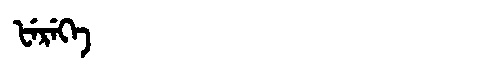
Manchu: ᡶᡝᡵᡝᡴᡝ
Romanization: FEREKE